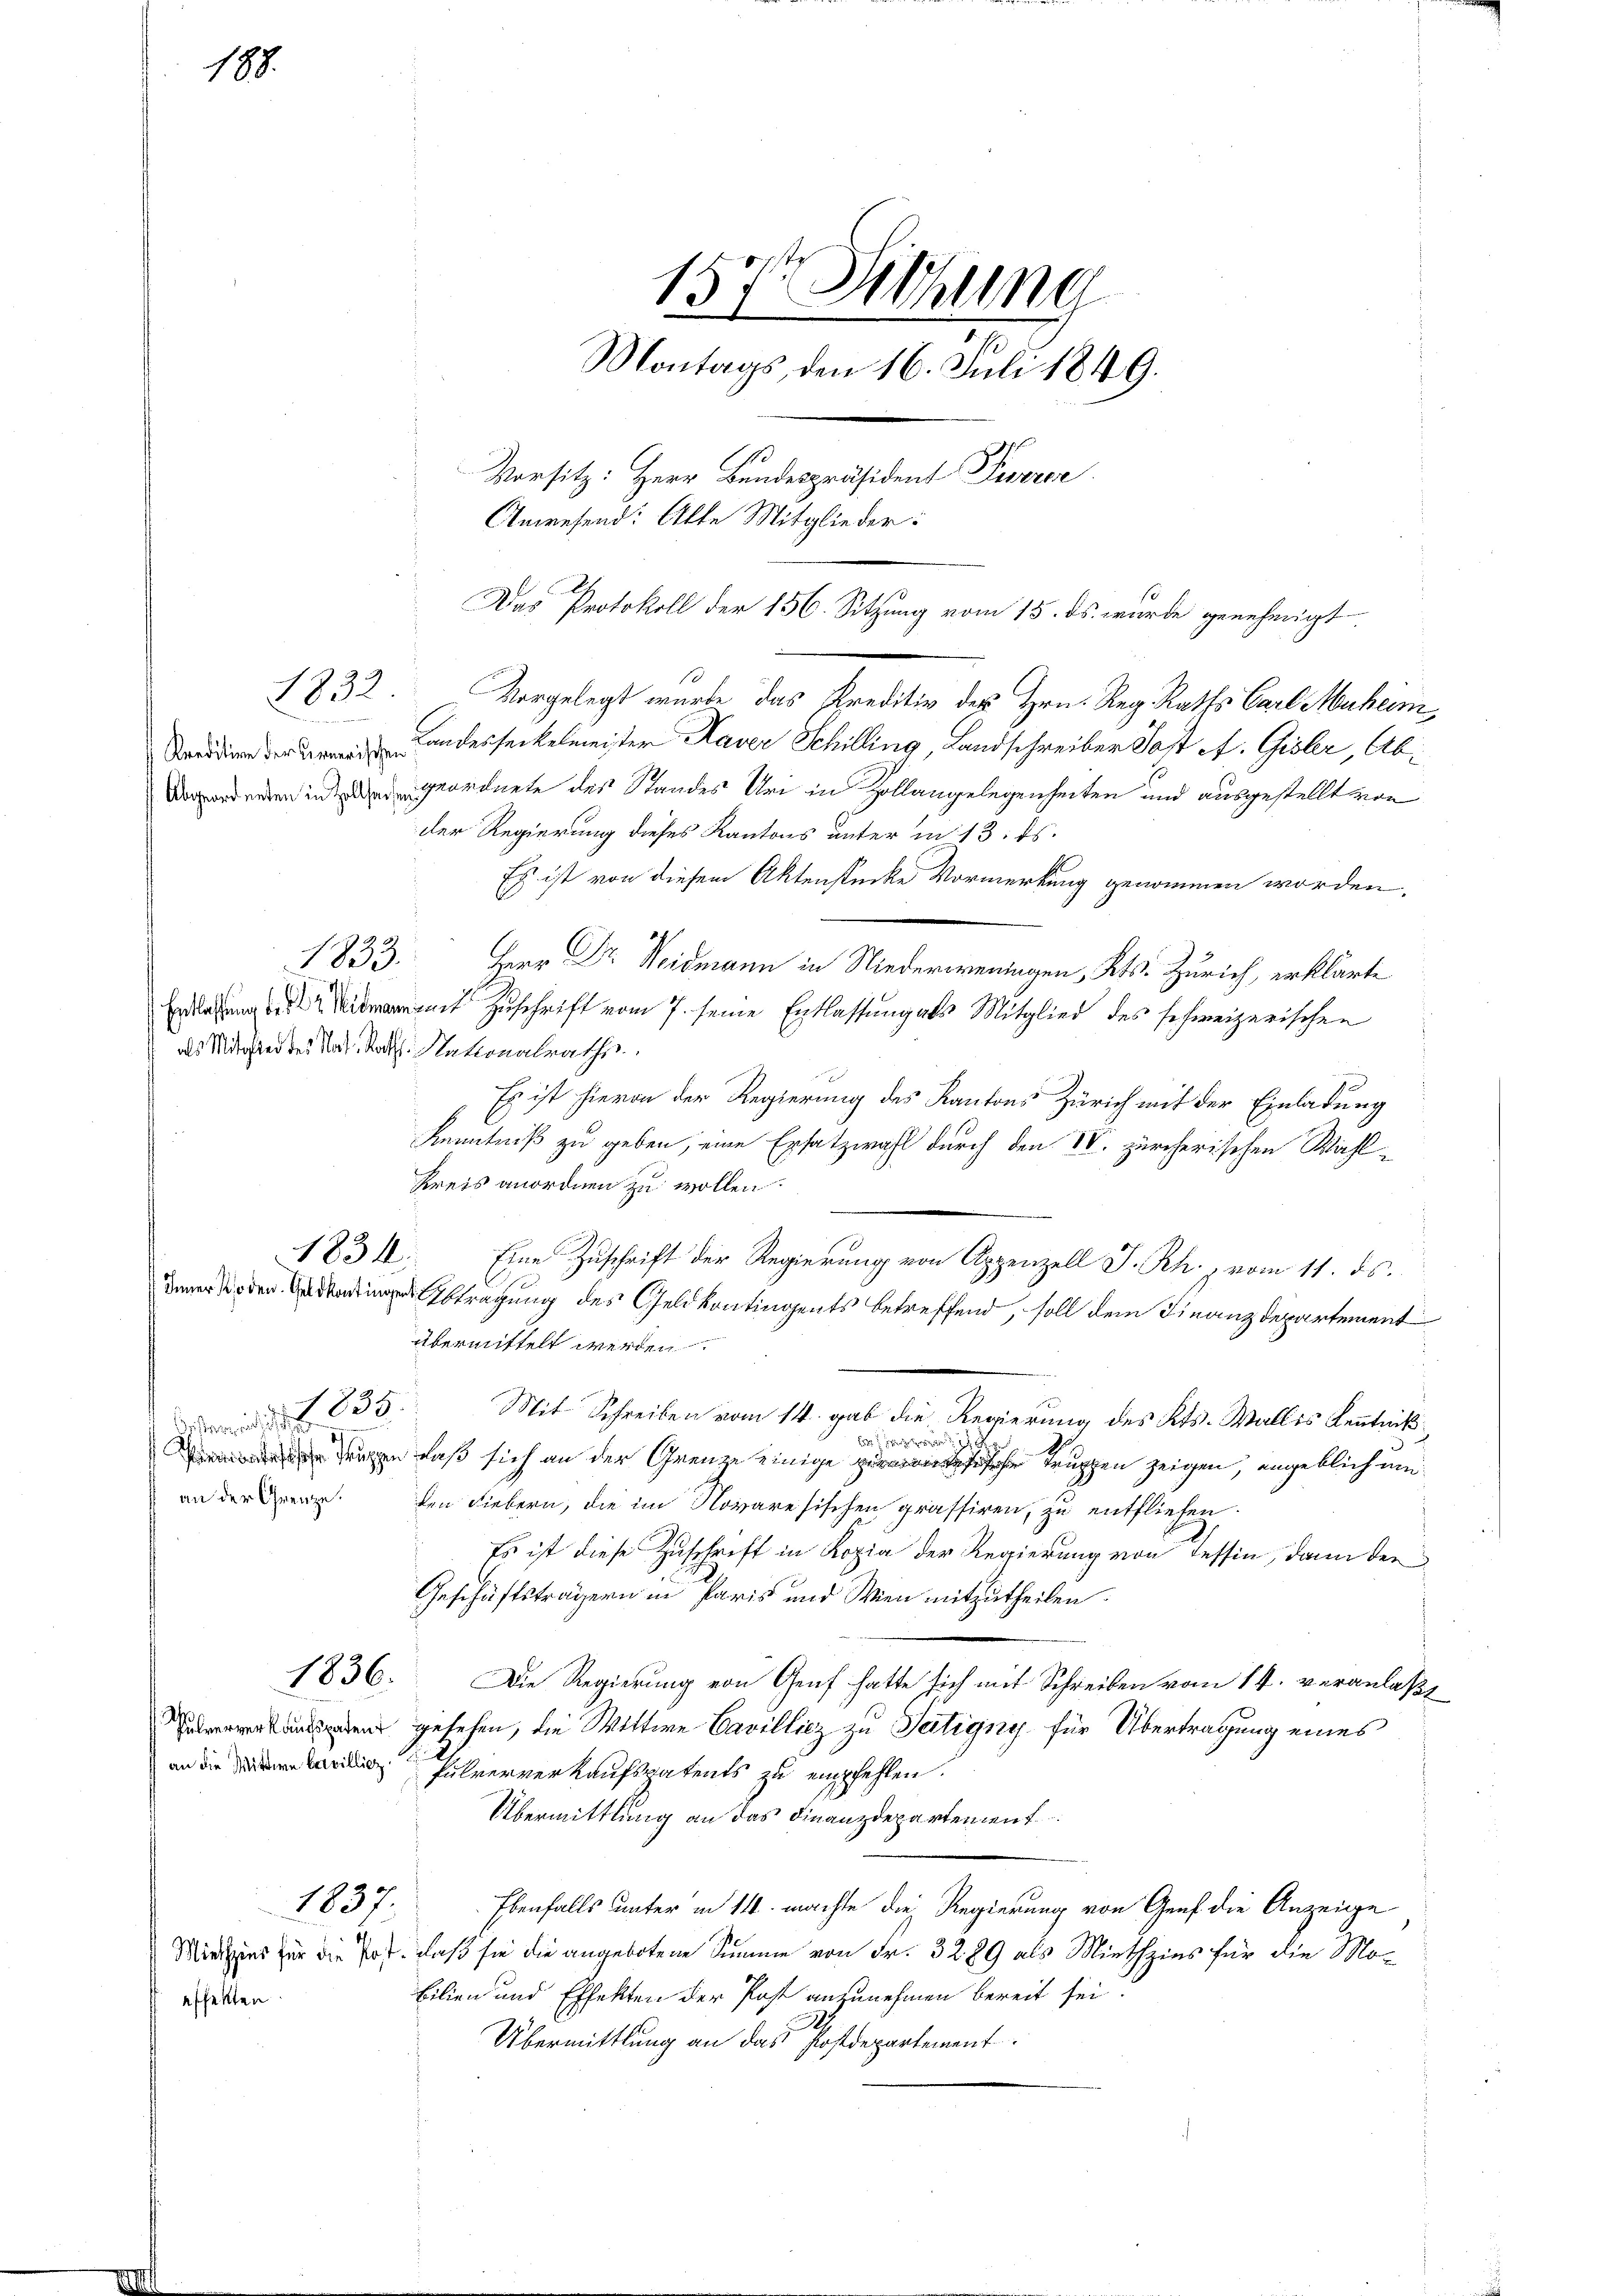
188.

1832
u

1833.

onderen in geordnete des Standes Uri in Zollangelegenheiten und ausgestellt von
der Regierung dieses Kantons unter in 13. ds.
Es ist von diesem Aktenstücke Vormerkung genommen worden.
Herr Dr. Neidmann in Niederweningen, Kts. Zürich, erklärte
t Zuschrift vom 7. seine Entlassung als Mitglied des schweizerischen
als Mitglied des Nat. Rath. Nationalrathe
Es ist hierin der Regierung des Kantons Zürich mit der Einladung
Kenntniß zu geben, eine Ersatzwahl durch den IV. zürcherischen Wahl¬
Kreis anordnen zu wollen.
1834. Eine Zuschrift der Regierung von Appenzell I. Rh. vom 11. ds.
Abtragung des Geldkontingents betreffend, soll dem Finanzdepartement
übermittelt werden.
Mit Schreiben vom 14. gab die Regierung des Kts. Wallis Kenntnik
 835.
un und
ugen daß sich an der Grenze einige Truppen zeigen, angeblich um
an der er den Liebern, die im Novaresischen prassiren, zu entfliefen
Es ist diese Zuschrift in Kopia der Regierung von Tessin, dann den
Geschäftsträgern in Paris und Wien mitzutheilen.
1836.
Die Regierung von Genf hatte sich mit Schreiben vom 14. veranlaßt
en gesehen, die Wittwe Cavillicz zu Tatigny für Übertragung eines
an die ihrerverkaufspatents zu empfehlen.
Übermittlung an das Finanzdepartement
1837.
Ebenfalls unter in 14. machte die Regierung von Genf die Anzeige
Miniszens für die Post, daß sie die angebotene Summe von Fr. 3289 als Miethzins für die Mobilien und Effekten der Post anzunehmen bereit sei.
Übermittlung an das Postdepartement

affekten

157t Setzung
Montags, den 16. Juli 1849.
10
Vorsitz: Herr Bandespräsident Purrce.
Anwesend: Alte Mitglieder:

Das Protokoll der 156. Sitzung vom 15. ds. wurde genehmigt
10
Vorgelegt wurde das Preditiv des Hrn. Reg. Raths Carl Muheim,
 Landerseckelmeister Haver Schilling, Landschreiber Post A. Gisler, Ab¬